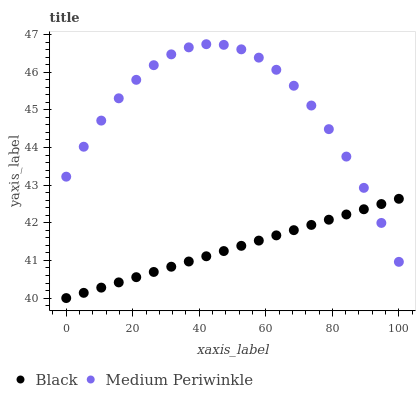
| xaxis_label | Black | Medium Periwinkle |
 | --- | --- | --- |
 | 0 | 40 | 43.2 |
 | 5.26 | 40.1 | 44 |
 | 10.5 | 40.3 | 44.7 |
 | 15.8 | 40.4 | 45.3 |
 | 21.1 | 40.6 | 45.8 |
 | 26.3 | 40.7 | 46.2 |
 | 31.6 | 40.8 | 46.5 |
 | 36.8 | 41 | 46.7 |
 | 42.1 | 41.1 | 46.7 |
 | 47.4 | 41.2 | 46.7 |
 | 52.6 | 41.4 | 46.6 |
 | 57.9 | 41.5 | 46.4 |
 | 63.2 | 41.7 | 46.1 |
 | 68.4 | 41.8 | 45.6 |
 | 73.7 | 41.9 | 45.1 |
 | 78.9 | 42.1 | 44.5 |
 | 84.2 | 42.2 | 43.8 |
 | 89.5 | 42.4 | 42.9 |
 | 94.7 | 42.5 | 42 |
 | 100 | 42.6 | 41 |